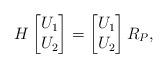
LaTeX: \begin{align*}H \begin{bmatrix}U_1\\U_2\end{bmatrix}=\begin{bmatrix}U_1\\U_2\end{bmatrix}R_P,\end{align*}